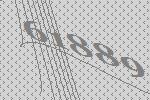
61889